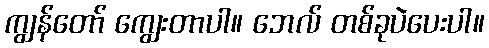
ကျွန်တော် ကျွေးတာပါ။ ဘေလ် တစ်ခုပဲပေးပါ။